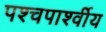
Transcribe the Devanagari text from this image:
पश्चपार्श्वीय